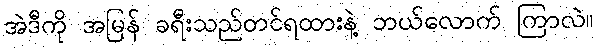
အဲဒီကို အမြန် ခရီးသည်တင်ရထားနဲ့ ဘယ်လောက် ကြာလဲ။